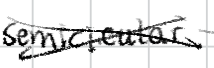
Text: semicircular
Cross-out: mix
Writing tool: digital_black